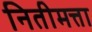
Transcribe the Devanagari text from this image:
नितीमत्ता